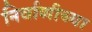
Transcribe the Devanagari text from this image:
निर्वाणीच्या